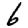
Digit: 6